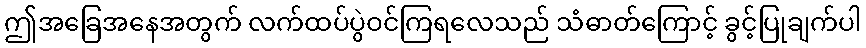
ဤအခြေအနေအတွက် လက်ထပ်ပွဲဝင်ကြရလေသည် သံဓာတ်ကြောင့် ခွင့်ပြုချက်ပါ